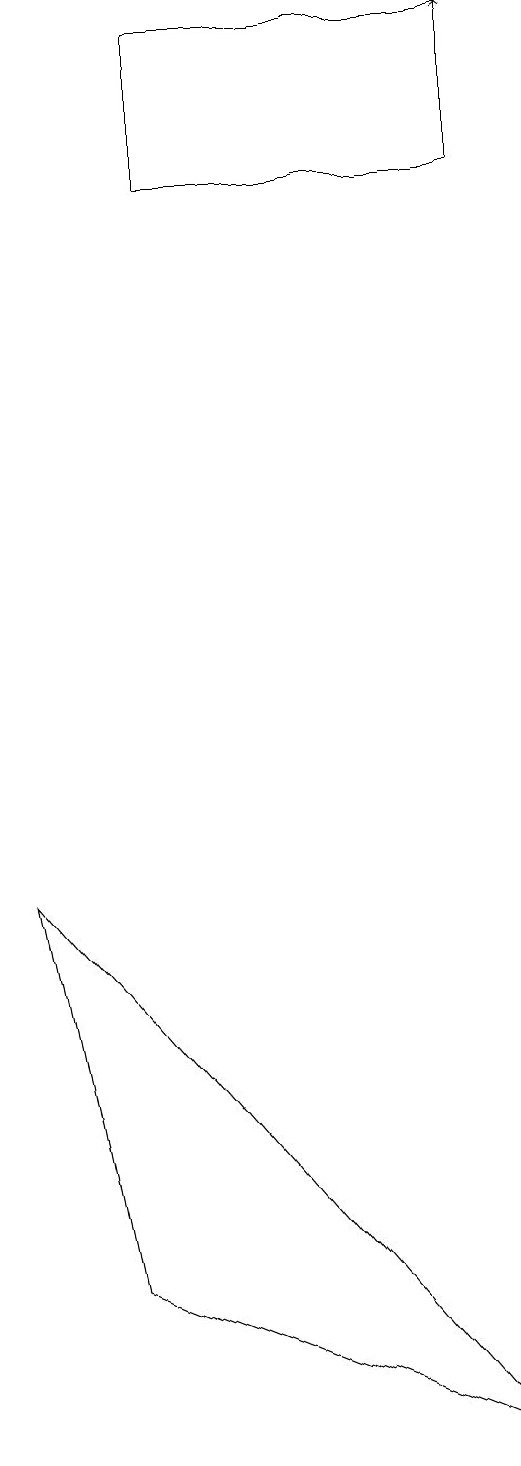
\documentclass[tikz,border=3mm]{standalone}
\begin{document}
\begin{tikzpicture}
\draw (2,19) rectangle (6,17);
\draw (0,8) -- (1,3) -- (6,1) -- cycle;
\draw[->] (6,17) -- (6,19);
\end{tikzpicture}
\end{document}